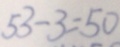
5 3 - 3 = 5 0